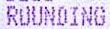
ROUNDING